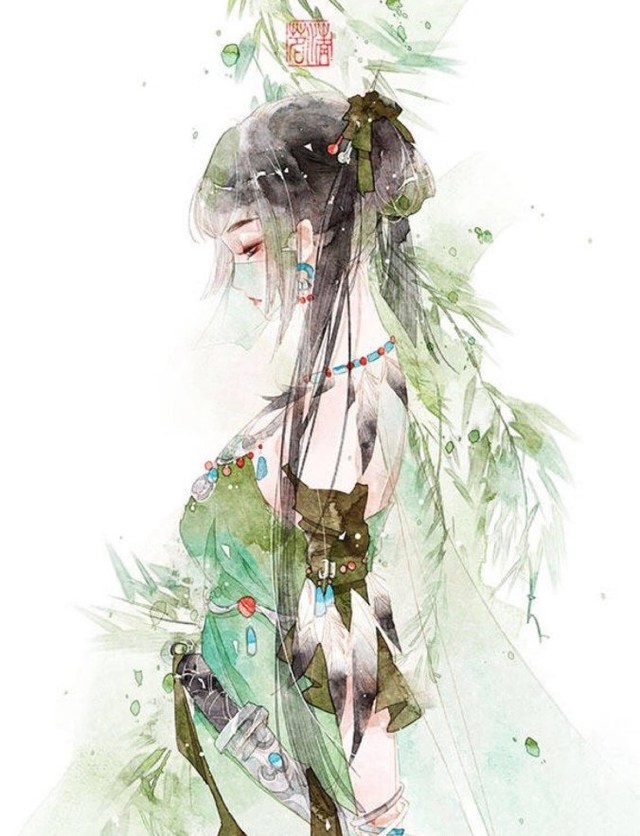
相逢一醉是前缘，风雨散飘然何处。